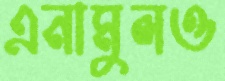
এনামুলও